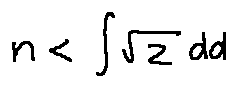
n < \int \sqrt { z } d d